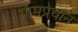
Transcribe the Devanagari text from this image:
ग्रामप्रधान